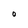
Character: O